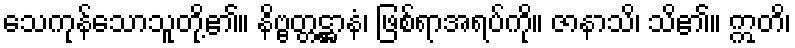
သေကုန်သောသူတို့၏။ နိဗ္ဗတ္တဋ္ဌာနံ၊ ဖြစ်ရာအရပ်ကို။ ဇာနာသိ၊ သိ၏။ ဣတိ၊